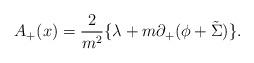
LaTeX: \begin{align*}A_+(x)=\frac{2}{m^2}\{ {\lambda}+m{\partial}_+({\phi}+\tilde{\Sigma}) \} .\end{align*}